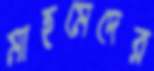
মাহমেদের